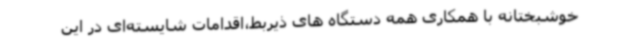
خوشبختانه با همکاری همه دستگاه های ذیربط،اقدامات شایسته‌ای در این